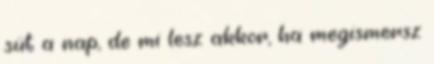
süt a nap, de mi lesz akkor, ha megismersz